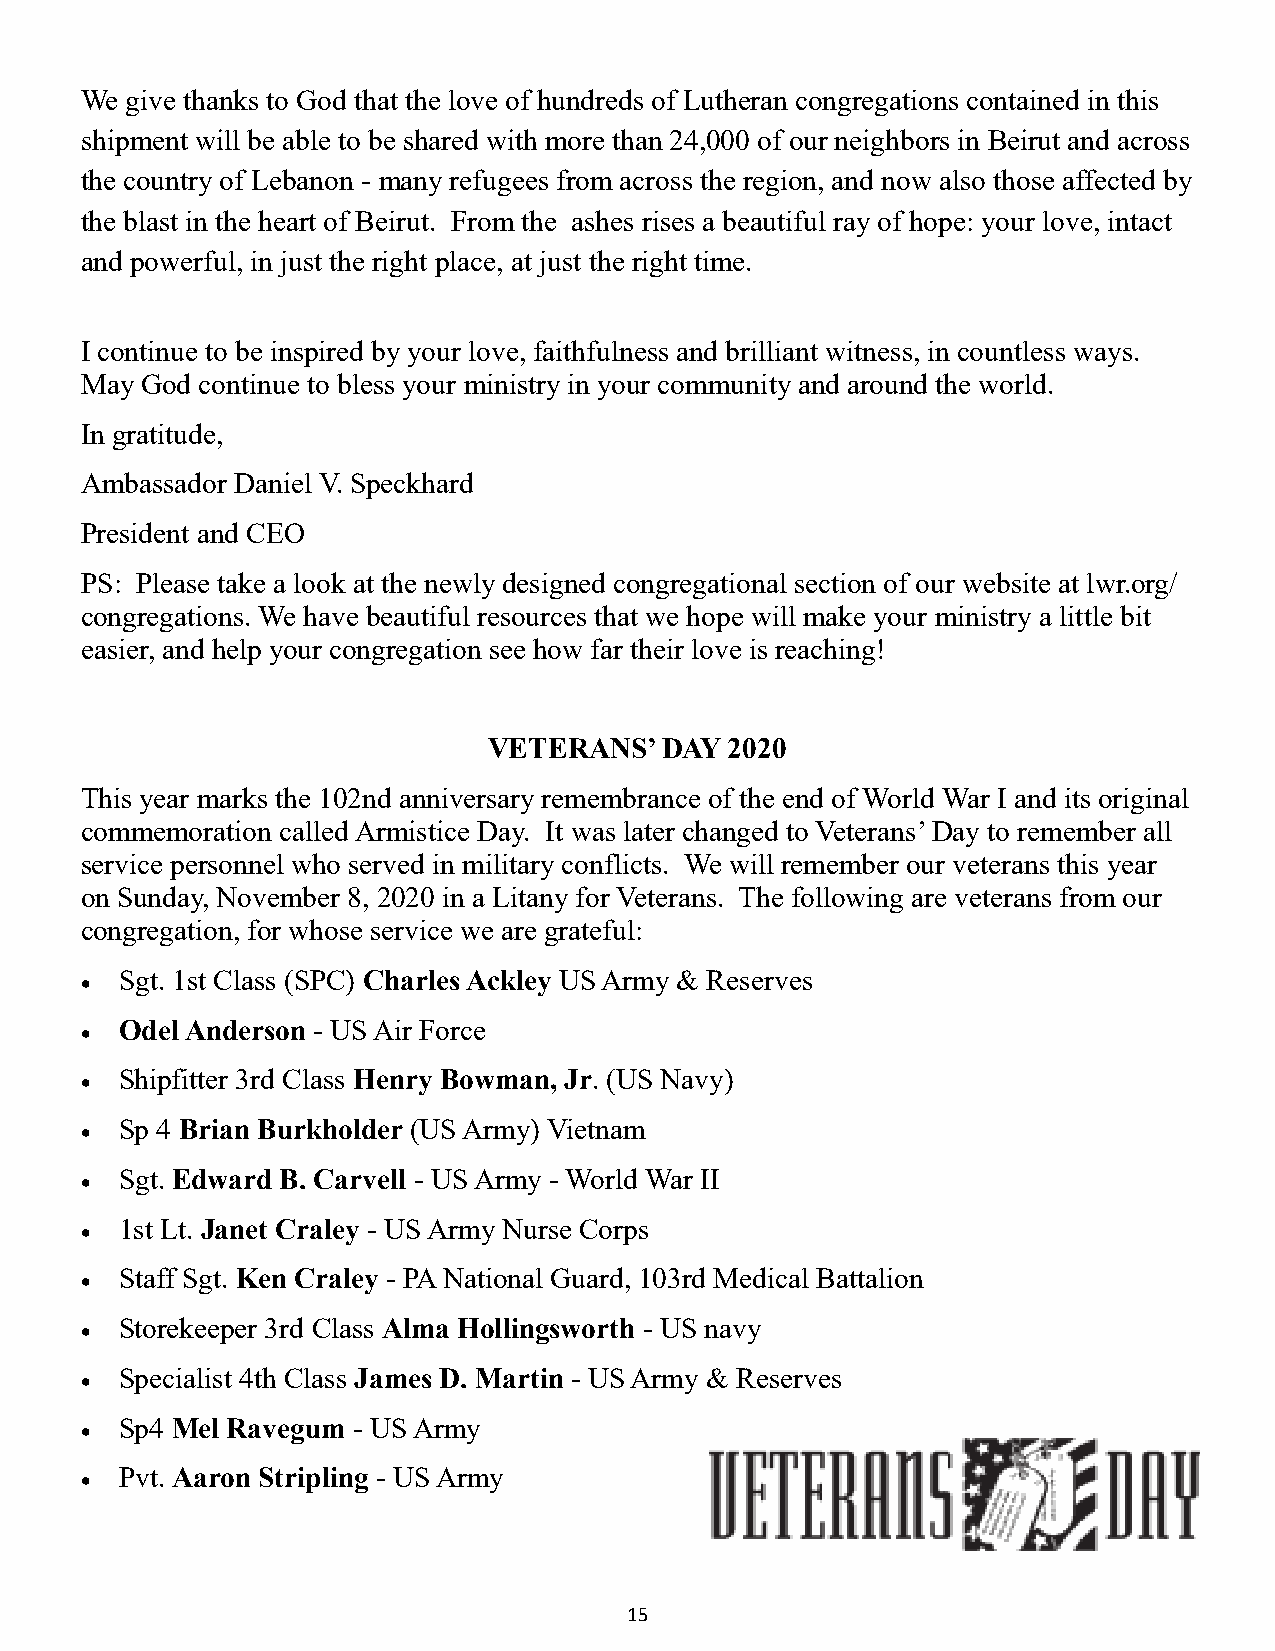
We give thanks to God that the love of hundreds of Lutheran congregations contained in this
 shipment will be able to be shared with more than 24,000 of our neighbors in Beirut and across
 the country of Lebanon - many refugees from across the region, and now also those affected by
 the blast in the heart of Beirut. From the ashes rises a beautiful ray of hope: your love, intact
 and powerful, in just the right place, at just the right time.
 I continue to be inspired by your love, faithfulness and brilliant witness, in countless ways.
 May God continue to bless your ministry in your community and around the world.
 In gratitude,
 Ambassador Daniel V. Speckhard
 President and CEO
 PS: Please take a look at the newly designed congregational section of our website at lwr.org/
 congregations. We have beautiful resources that we hope will make your ministry a little bit
 easier, and help your congregation see how far their love is reaching!
 VETERANS’   DAY 2020
 This year marks the 102nd anniversary remembrance of the end of World War I and its original
 commemoration called Armistice Day. It was later changed to Veterans’ Day to remember all
 service personnel who served in military conflicts. We will remember our veterans this year
 on Sunday, November 8, 2020 in a Litany for Veterans. The following are veterans from our
 congregation, for whose service we are grateful:
 Sgt. 1st Class (SPC) Charles Ackley US Army & Reserves
 •
 Odel Anderson - US Air Force
 •
 Shipfitter 3rd Class Henry Bowman, Jr. (US Navy)
 •
 Sp 4 Brian Burkholder (US Army) Vietnam
 •
 Sgt. Edward B. Carvell - US Army - World War II
 •
 1st Lt. Janet Craley - US Army Nurse Corps
 •
 Staff Sgt. Ken Craley - PA National Guard, 103rd Medical Battalion
 •
 Storekeeper 3rd Class Alma Hollingsworth - US navy
 •
 Specialist 4th Class James D. Martin - US Army & Reserves
 •
 Sp4 Mel Ravegum - US Army
 •
 Pvt. Aaron Stripling - US Army
 •
 15